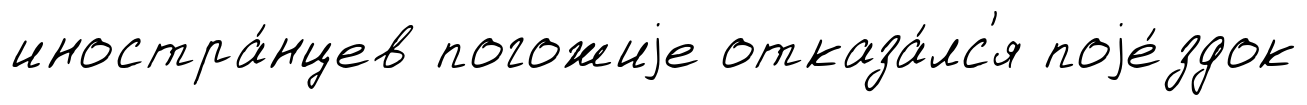
иностра́нцев погожиjе отказа́лс'я поjе́здок